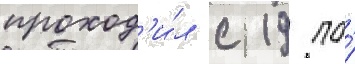
проход'и́л с 19 по́